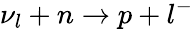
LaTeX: \nu_{l}+n\rightarrow p+l^{-}